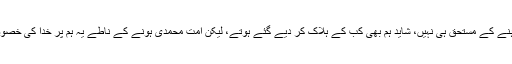
بلاشبہ ہمارے مغلظ کردار اور حالات ایسے ہیں کہ ہم ایک لمحے کیلیے بھی اس دنیا میں رہنے کے مستحق ہی نہیں، شاید ہم بھی کب کے ہلاک کر دیے گئے ہوتے، لیکن امتِ محمدی ہونے کے ناطے یہ ہم پر خدا کی خصوصی رحمت ہے کہ ہم آج بھی اس دنیا میں زندہ ہیں اور اسبابِ عالم سے استفادہ کر رہے ہیں۔